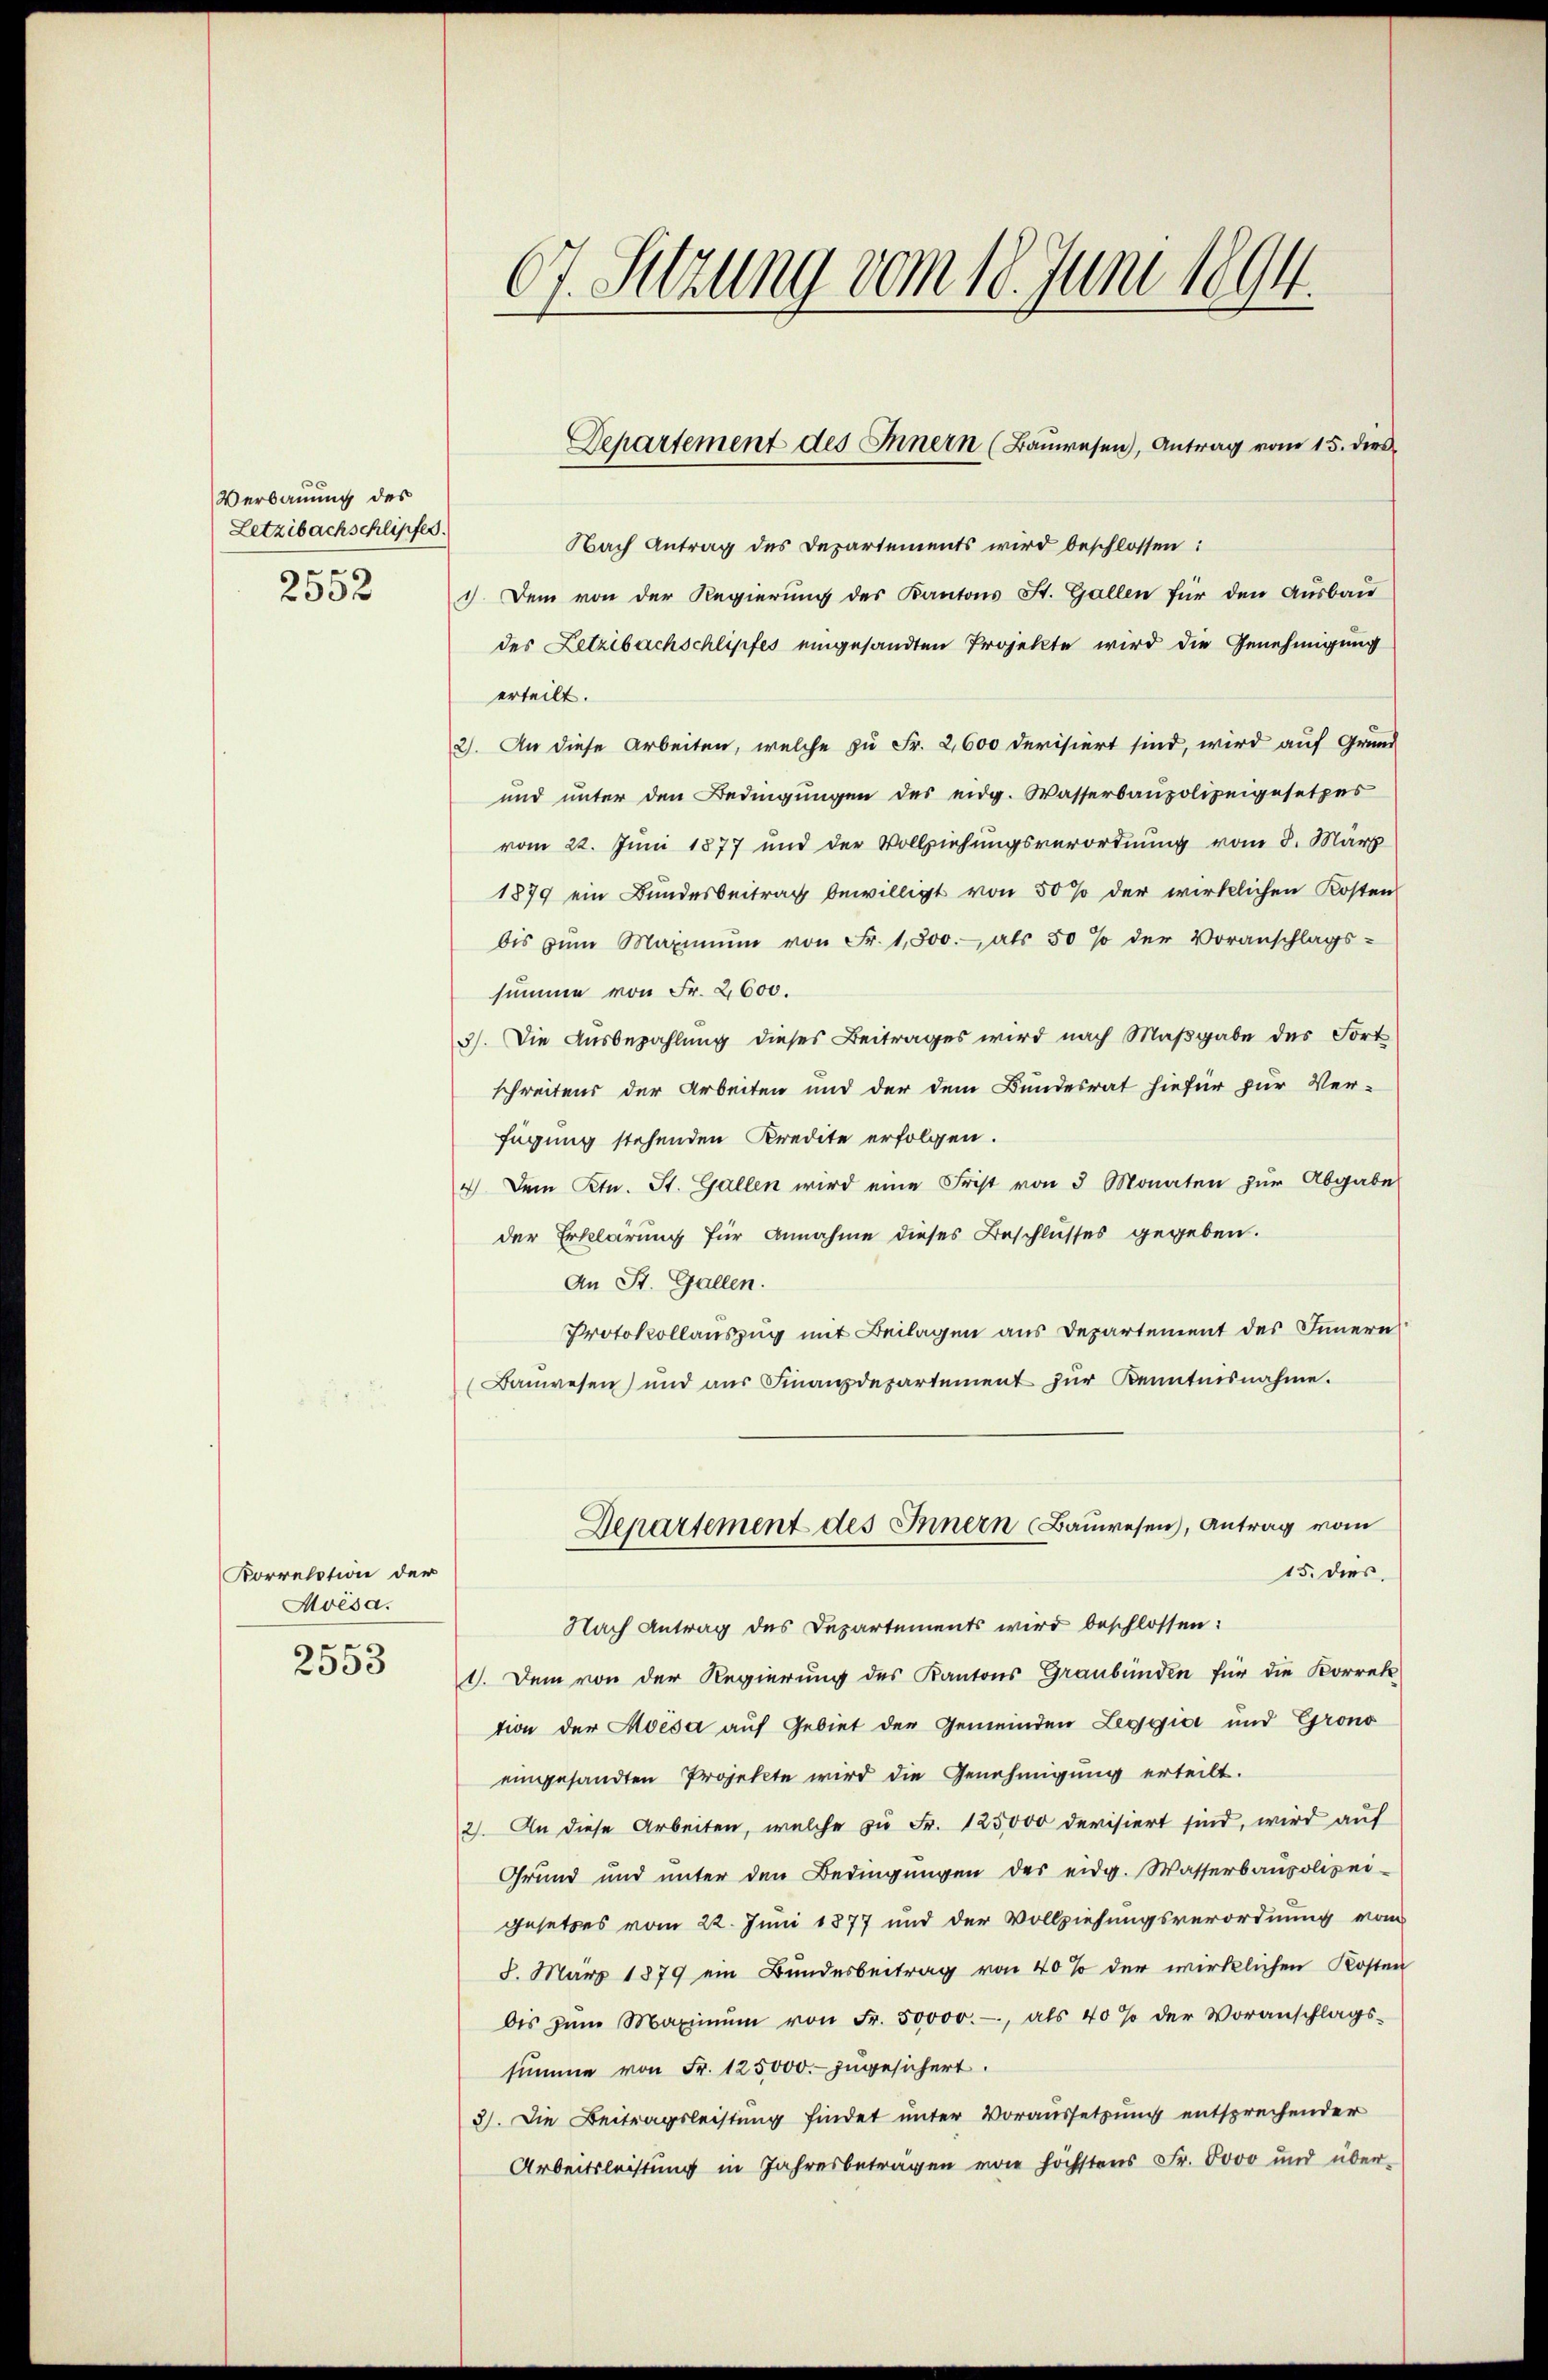
s
Verbauung des
Letzibachschlipfes.
e
2552

Korrelation der
Mvésa.
2553

67. Setzung vom 18. Juni 1894.

Nach Antrag des Departements wird beschlossen:
1) Dem von der Regierung des Kantons St. Gallen für den Aŭsbaŭ
des Letzibachschlipfes eingesandten Projekte wird die Genehmigung
erteilt.
2). An diese Arbeiten, welche zu Fr. 2,600 devisiert sind, wird auf Grund
und unter den Bedingungen des eidg. Wasserbaupolizeigesetzes
vom 22. Juni 1877 und der Vollziehungsverordnung vom 8. März
1879 ein Bundesbeitrag bewilligt von 50 % der wirklichen Kosten
bis zŭm Maximŭm von Fr. 1,800.- als 50 % der Voranschlags-
summe von Fr. 2600.
3). Die Ausbezahlung dieses Beitrages wird nach Maßgabe des Fort
schreitens der Arbeiten und der dem Bundesrat hiefür zur Ver-
fügung stehenden Kredite erfolgen.
4 Dem Ktn. St. Gallen wird eine Frist von 3 Monaten zŭr Abgabe
der Erklärung für Annahme dieses Beschlusses gegeben.
An St. Gallen.
Protokollauszug mit Beilagen aus Departement des Inneres
(Banwesen und aŭs Finanzdepartement zŭr Kenntnisnahme.
Departement des Innern Bauwesen, Antrag vom
15. dies
Nach Antrag des Departements wird beschlossen:
1. Dem von der Regierung des Kantons Graubünden für die Korrek-
tion der Aoesa auf Gebiet der Gemeinden Leggior und Grono
eingesandten Projekte wird die Genehmigung erteilt.
2). An diese Arbeiten, welche zu Fr. 125,000 devisiert sind, wird auf
Grund und unter den Bedingŭngen des eidg. Wasserbaupolizei-
gesetzes vom 22. Juni 1877 und der Vollziehungsverordnung vom
8. März 1879 ein Bundesbeitrag von 40% der wirklichen Kosten
bis zŭm Maximŭm von Fr. 50000.-, als 40% der Voranschlags-
summe von Fr. 125000.- zugesichert.
3). Die Beitragsleistung findet unter Voraussetzung entsprechender
Arbeitsleistung in Jahresbetragen von höchstens Fr. 6000 und über-

Departement des Innern (Baŭwesen, Antrag vom 15. dies